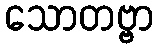
သောတဗ္ဗာ